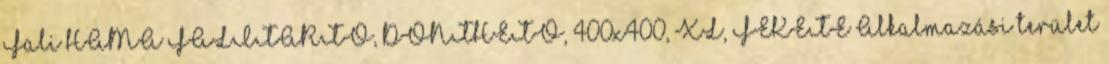
Fali HAMA FALITARTÓ, DÖNTHETÕ, 400x400, XL, FEKETE Alkalmazási terület